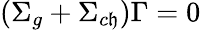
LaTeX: \left(\Sigma_{g}+\Sigma_{c\mathfrak{h}}\right)\Gamma=0